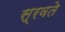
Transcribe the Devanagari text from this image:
स्रवते